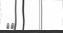
٦٣